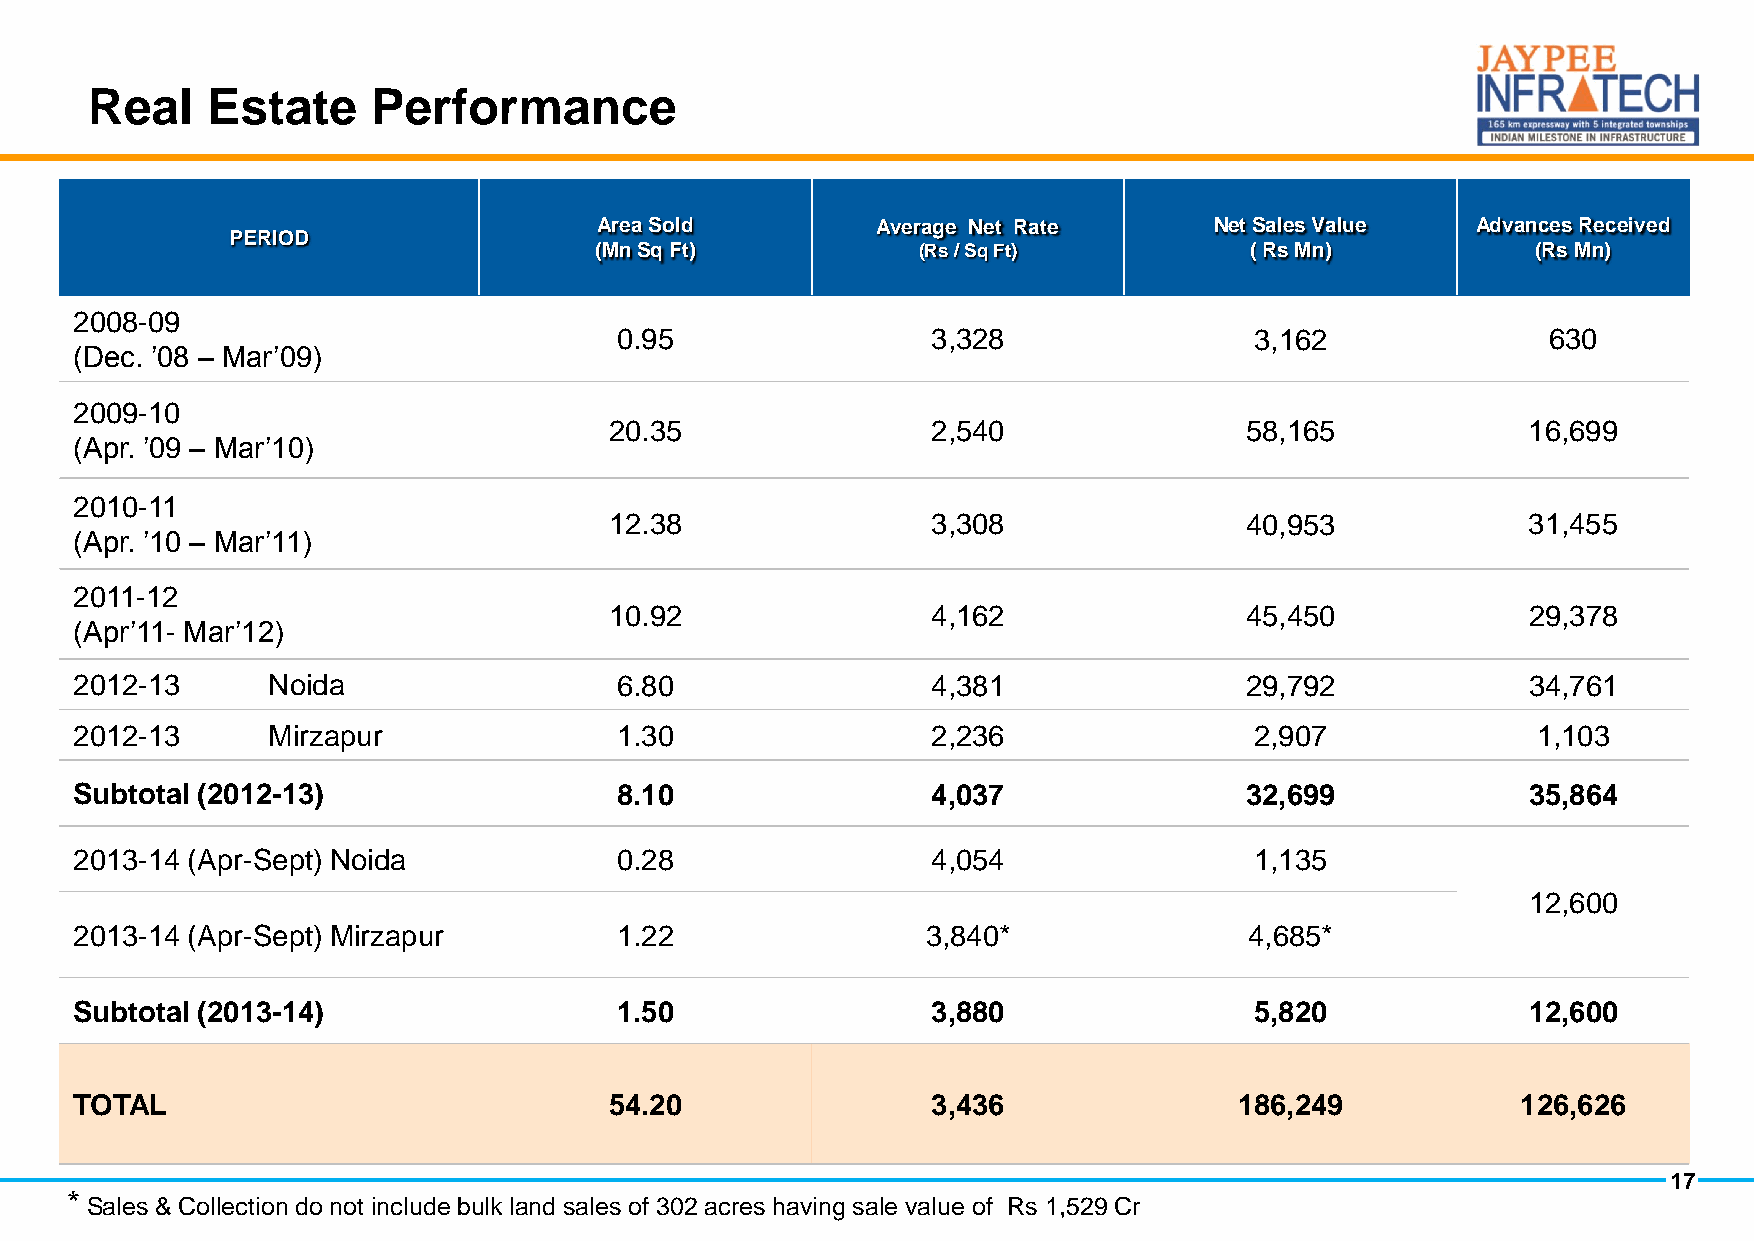
Real    Estate     Performance
 Area Sold         Average Net Rate      Net Sales Value   Advances Received
 PERIOD
 (Mn Sq Ft)            (Rs / Sq Ft)          ( Rs Mn)           (Rs Mn)
 2008-09
 0.95                 3,328                3,162               630
 (Dec. ’08 – Mar’09)
 2009-10
 20.35                 2,540               58,165             16,699
 (Apr. ’09 – Mar’10)
 2010-11
 12.38                 3,308               40,953             31,455
 (Apr. ’10 – Mar’11)
 2011-12
 10.92                 4,162               45,450             29,378
 (Apr’11- Mar’12)
 2012-13      Noida                  6.80                 4,381               29,792             34,761
 2012-13      Mirzapur               1.30                 2,236                2,907              1,103
 Subtotal (2012-13)                  8.10                 4,037               32,699             35,864
 2013-14 (Apr-Sept) Noida            0.28                 4,054                1,135
 12,600
 2013-14 (Apr-Sept) Mirzapur         1.22                3,840*                4,685*
 Subtotal (2013-14)                  1.50                 3,880                5,820             12,600
 TOTAL                              54.20                 3,436               186,249            126,626
 17
 *
 Sales & Collection do not include bulk land sales of 302 acres having sale value of Rs 1,529 Cr